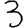
Digit: 3